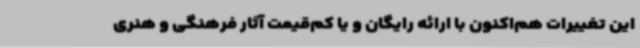
این تغییرات هم‌اکنون با ارائه رایگان و یا کم‌قیمت آثار فرهنگی و هنری